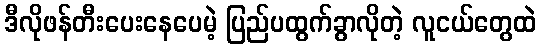
ဒီလိုဖန်တီးပေးနေပေမဲ့ ပြည်ပထွက်ခွာလိုတဲ့ လူငယ်တွေထဲ